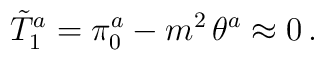
\tilde T_1^a=\pi^a_0-m^2\,\theta^a \approx 0\,.